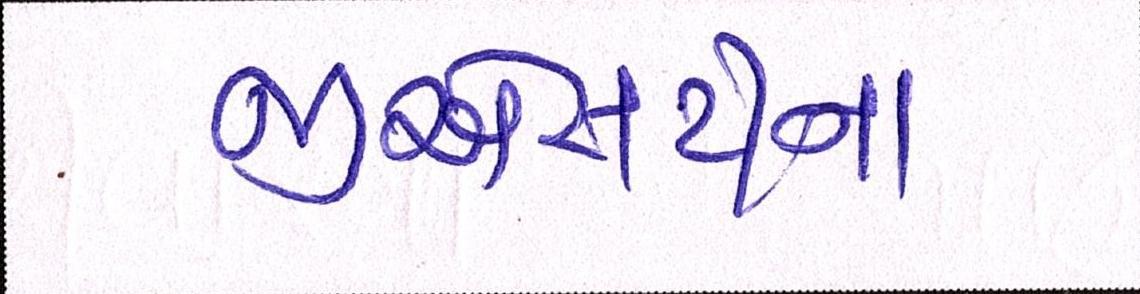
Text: જીએસટીના